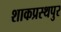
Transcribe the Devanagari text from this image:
शाकप्रस्थपुर